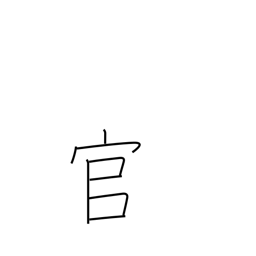
Meaning: the government